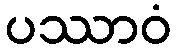
ပဿာဝံ